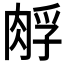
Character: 𰮪